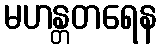
မဟန္တတရေန